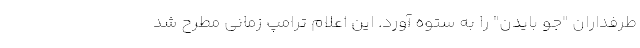
طرفداران "جو بایدن" را به ستوه آورد. این اعلام ترامپ زمانی مطرح شد